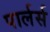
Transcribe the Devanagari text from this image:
पार्लर्स